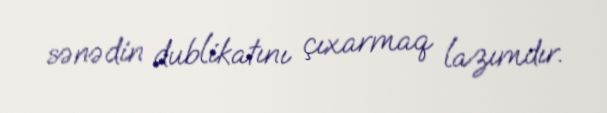
sənədin dublikatını çıxarmaq lazımdır.